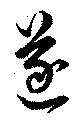
遂